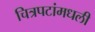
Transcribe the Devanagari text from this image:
चित्रपटांमधली